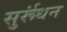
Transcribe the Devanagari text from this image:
सुर्रूंधन